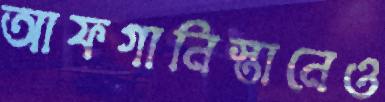
আফগানিস্তানেও